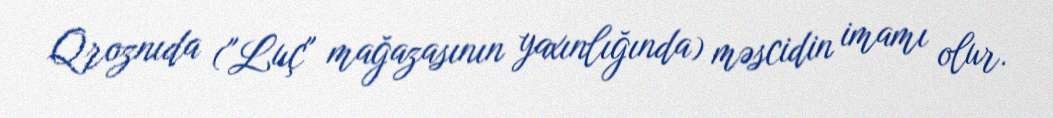
Qroznıda ("Luç" mağazasının yaxınlığında) məscidin imamı olur.